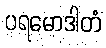
ပရမောဒါတံ